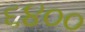
૬૪૦૦